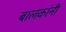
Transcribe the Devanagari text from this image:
बालकांनी